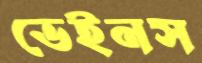
ভেইনস